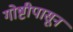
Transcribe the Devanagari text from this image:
गोष्टीपासून